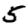
Digit: 5